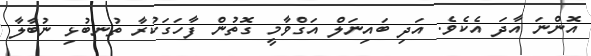
އޮންނަ އާދަ އެކެވެ. އަދި ބައިނަލް އަގްވާމީ ގޮތުން ފާހަގަކުރާ ތުނބުޅި ނުބާލާ